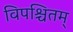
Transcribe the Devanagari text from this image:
विपश्चितम्